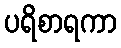
ပရိစာရကာ